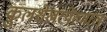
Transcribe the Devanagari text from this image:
कुलशेखरपेरुमाल्